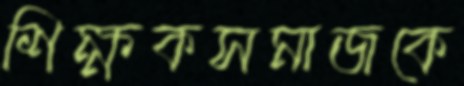
শিক্ষকসমাজকে